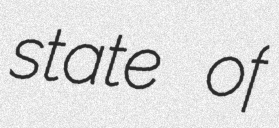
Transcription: state of